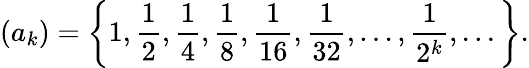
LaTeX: (a_{k})=\left\{ 1,{\frac{1}{2}},{\frac{1}{4}},{\frac{1}{8}},{\frac{1}{16}},{\frac{1}{32}},\ldots,{\frac{1}{2^{k}}},...\right\} .